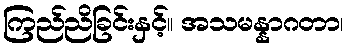
ကြည်ညိခြင်းနှင့်။ အသမန္နာဂတာ၊